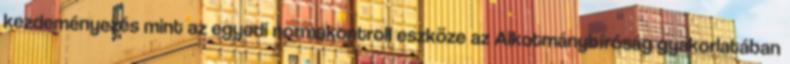
kezdeményezés mint az egyedi normakontroll eszköze az Alkotmánybíróság gyakorlatában